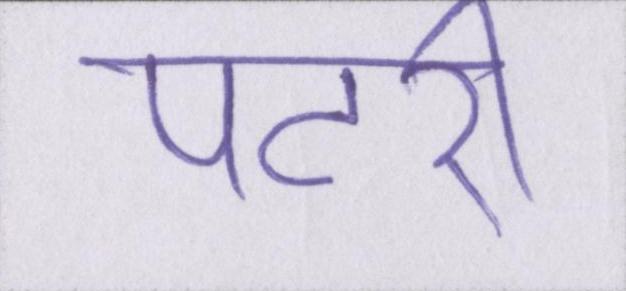
पटरी